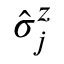
\hat { \sigma } _ { j } ^ { z }